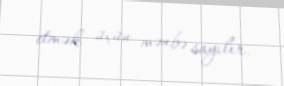
etmək üçün mənbə sayılır.